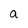
Character: a